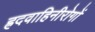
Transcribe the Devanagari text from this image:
ह्रदवाहिनीरोगों